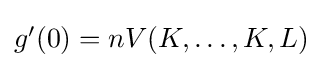
{\textstyle g'(0)=nV(K,\ldots ,K,L)}